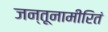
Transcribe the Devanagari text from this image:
जन्तूनामीरितं